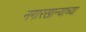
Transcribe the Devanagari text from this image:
नगारखान्याच्या